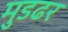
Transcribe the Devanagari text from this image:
मुडढर